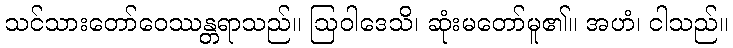
သင်သားတော်ဝေဿန္တရာသည်။ ဩဝါဒေသိ၊ ဆုံးမတော်မူ၏။ အဟံ၊ ငါသည်။